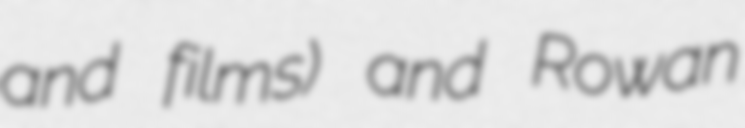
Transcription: and films) and Rowan